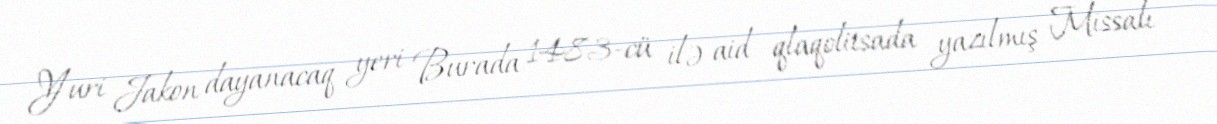
Yuri Jakon dayanacaq yeri Burada 1483-cü ilə aid qlaqolitsada yazılmış Missalı